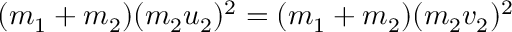
( m _ { 1 } + m _ { 2 } ) ( m _ { 2 } u _ { 2 } ) ^ { 2 } = ( m _ { 1 } + m _ { 2 } ) ( m _ { 2 } v _ { 2 } ) ^ { 2 } \,